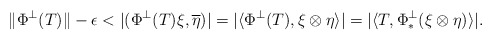
\begin{align*} \|\Phi^\perp(T)\|-\epsilon<|(\Phi^\perp(T)\xi,\overline{\eta})| =|\langle\Phi^\perp(T),\xi\otimes\eta\rangle|=|\langle T, \Phi^\perp_* (\xi\otimes\eta)\rangle|. \end{align*}